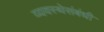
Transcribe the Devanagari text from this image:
व्यवस्थेसंबंधी